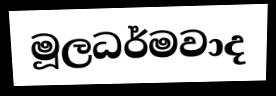
මූලධර්මවාද